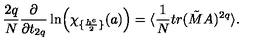
{ \frac { 2 q } { N } } { \frac { \partial } { \partial t _ { 2 q } } } \ln \Bigl ( \chi _ { \{ { \frac { h ^ { e } } { 2 } } \} } ( a ) \Bigr ) = \langle { \frac { 1 } { N } } t r ( \tilde { M } A ) ^ { 2 q } \rangle .